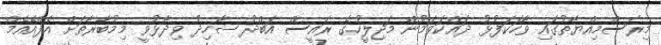
މިރަސްމިއްޔާތުގައި ވާހަކަފުޅު ދައްކަވަމުން މަޖިލީހުގެ ރައީސް އަބްދު ޝާހިދު ވިދާޅުވީ މިމުބާރާތަށް އެފްއޭއެމް